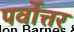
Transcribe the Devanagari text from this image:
पर्वोत्तर